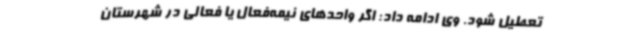
تعطیل شود. وی ادامه داد: اگر واحدهای نیمه‌فعال یا فعالی در شهرستان